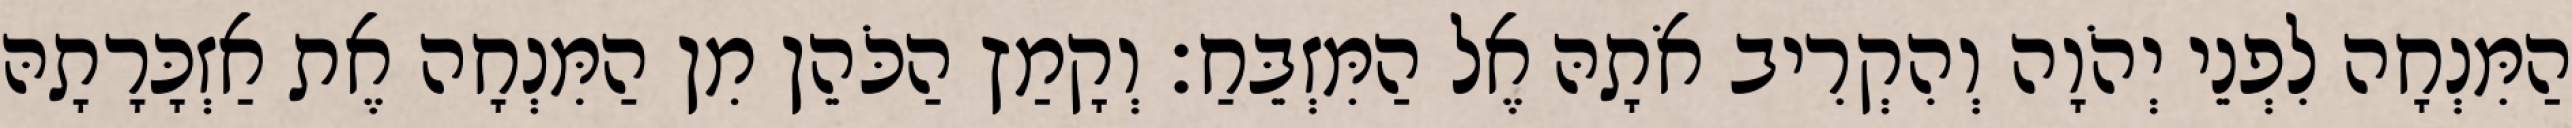
הַמִּנְחָה לִפְנֵי יְהֹוָה וְהִקְרִיב אֹתָהּ אֶל הַמִּזְבֵּחַ׃ וְקָמַץ הַכֹּהֵן מִן הַמִּנְחָה אֶת אַזְכָּרָתָהּ